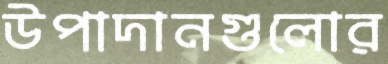
উপাদানগুলোর